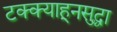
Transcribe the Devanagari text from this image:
टक्क्याहूनसुद्धा